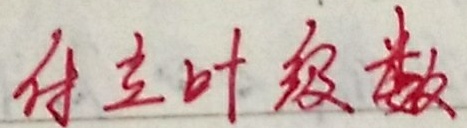
傅立叶级数